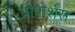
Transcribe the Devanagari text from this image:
प्रोपोर्शस